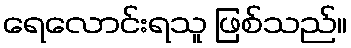
ရေလောင်းရသူ ဖြစ်သည်။